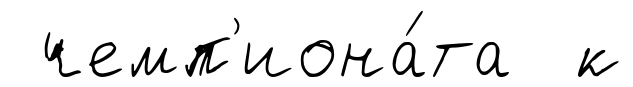
чемп'иона́та к